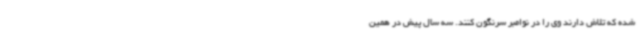
شده که تلاش دارند وی را در نوامبر سرنگون کنند. سه سال پیش در همین